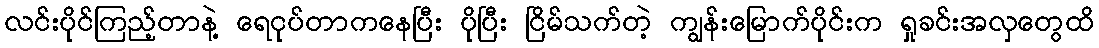
လင်းပိုင်ကြည့်တာနဲ့ ရေငုပ်တာကနေပြီး ပိုပြီး ငြိမ်သက်တဲ့ ကျွန်းမြောက်ပိုင်းက ရှုခင်းအလှတွေထိ